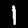
Label: 1